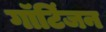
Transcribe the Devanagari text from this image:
गॉटिंजन